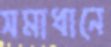
সমাধানে